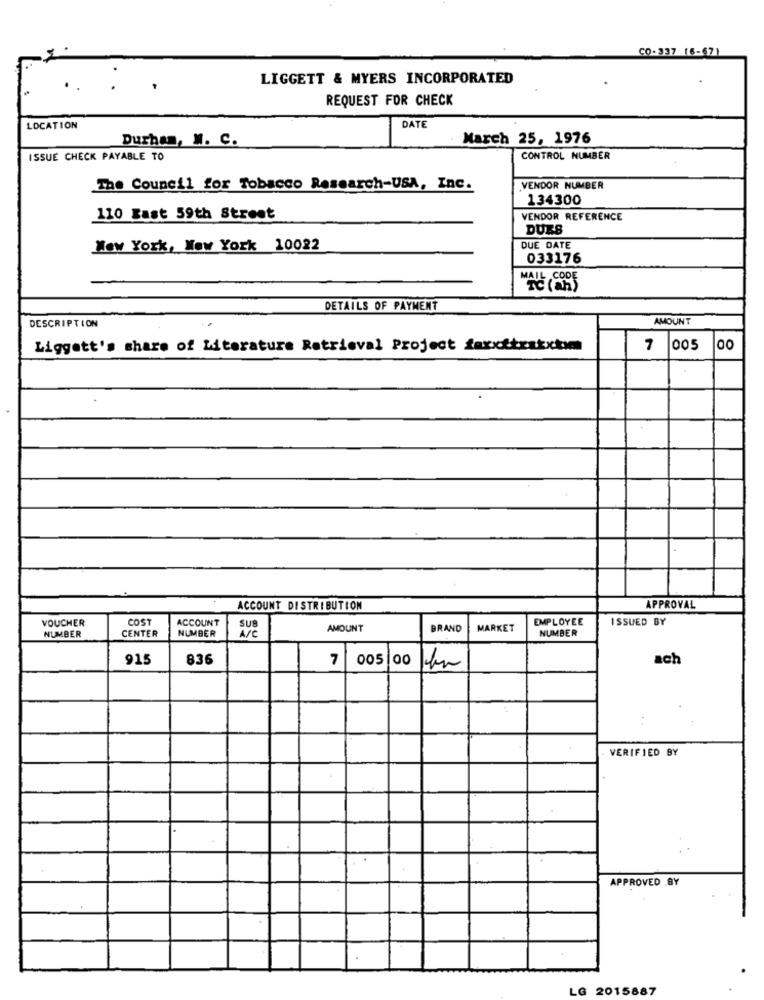
CO-337 (6-67)
LIGGETT & MYERS INCORPORATED
REQUEST FOR CHECK
LOCATION
DATE
Durham, W. C.
March 25, 1976
ISSUE CHECK PAYABLE TO
CONTROL NUMBER
The Council for Tobacco Research-USA, Inc.
VENDOR NUMBER
134300
110 Bast 59th Street
VENDOR REFERENCE
DUES
New York, New York 10022
DUE DATE
033176
Tc ( an)
DETAILS OF PAYMENT
AMOUNT
DESCRIPTION
Liggett's share of Literature Retrieval Project faxxftrakxtym
7
1005
00
ACCOUNT DISTRIBUTION
APPROVAL
VOUCHER
COST
ACCOUNT
EMPLOYEE
ISSUED BY
CENTER
NUMBER
SUB
AMOUNT
BRAND
MARKET
NUMBER
NUMBER
A/C
91
836
7
005 00
ach
:
VERIFIED BY
APPROVED BY
LG 2015887